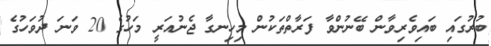
ބުރުގައި ބައިވެރިވާން ބޭނުންވާ ފަރާތްތަކުން މިހިނގާ ޖެނުއަރީ މަހުގެ 20 ވަނަ ދުވަހުގެ